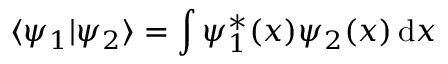
\langle \psi _ { 1 } | \psi _ { 2 } \rangle = \int \psi _ { 1 } ^ { \ast } ( x ) \psi _ { 2 } ( x ) \, \mathrm { d } x